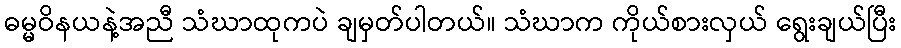
ဓမ္မဝိနယနဲ့အညီ သံဃာထုကပဲ ချမှတ်ပါတယ်။ သံဃာက ကိုယ်စားလှယ် ရွေးချယ်ပြီး